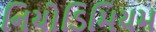
નિયોડિમિયમ